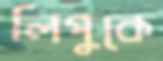
লিপুকে